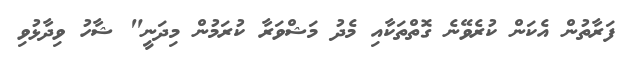
ފަރާތުން އެކަން ކުރެވޭނެ ގޮތްތަކާއި މެދު މަޝްވަރާ ކުރަމުން މިދަނީ" ޝާހު ވިދާޅުވި